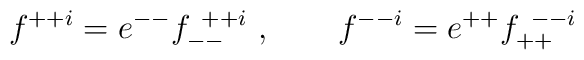
f^{++i} =  e^{--} f_{--}^{~++i}~, \qquad  f^{--i} =  e^{++} f_{++}^{~--i}